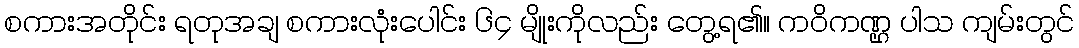
စကားအတိုင်း ရတုအချ စကားလုံးပေါင်း ၆၄ မျိုးကိုလည်း တွေ့ရ၏။ ကဝိကဏ္ဌ ပါသ ကျမ်းတွင်